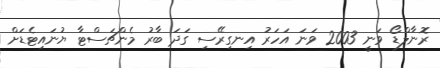
ރޮނާލްޑޯ ވަނީ 2003 ވަނަ އަހަރު އިނގިރޭސި ގަދަ ބާރު މެންޗަސްޓާ ޔުނައިޓެޑަށް